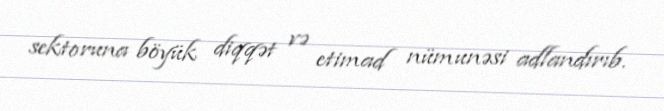
sektoruna böyük diqqət və etimad nümunəsi adlandırıb.